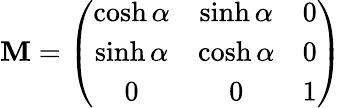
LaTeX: \mathbf{M}=\left(\begin{array}{ccc}{{\cosh\alpha}}&{{\sinh\alpha}}&{{0}}\\ {{\sinh\alpha}}&{{\cosh\alpha}}&{{0}}\\ {{0}}&{{0}}&{{1}}\end{array}\right)